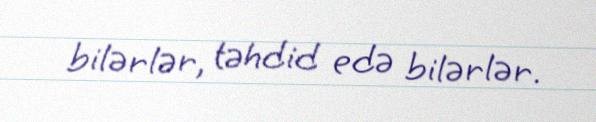
bilərlər, təhdid edə bilərlər.